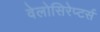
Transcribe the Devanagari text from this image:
वेलोसिरेप्टर्स